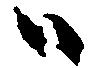
ハ